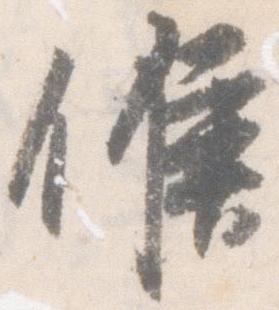
候